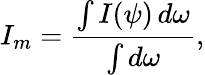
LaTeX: I_{m}={\frac{\int I(\psi)\, d\omega}{\int d\omega}},